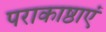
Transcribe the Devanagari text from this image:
पराकाष्ठाएं